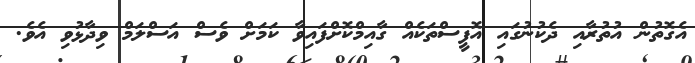
އެގޮތުން އުތުރާއި ދެކުނުގައި އޮފީސްތަކެއް ގާއިމްކޮށްފައިވާ ކަމަށް ވެސް އަސްލަމް ވިދާޅުވި އެވެ.